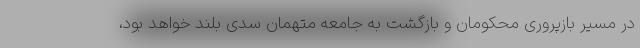
در مسیر بازپروری محکومان و بازگشت به جامعه متهمان سدی بلند خواهد بود،